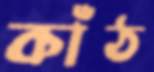
কাঁঠ